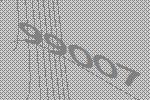
99007